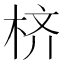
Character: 𪲎